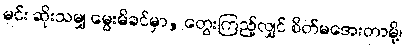
မင်း ဆိုးသမျှ မွေးမိခင်မှာ, တွေးကြည့်လျှင် စိတ်မအေးတာမို့၊